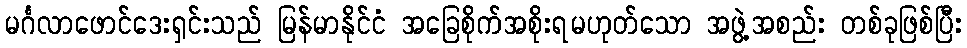
မင်္ဂလာဖောင်ဒေးရှင်းသည် မြန်မာနိုင်ငံ အခြေစိုက်အစိုးရမဟုတ်သော အဖွဲ့အစည်း တစ်ခုဖြစ်ပြီး